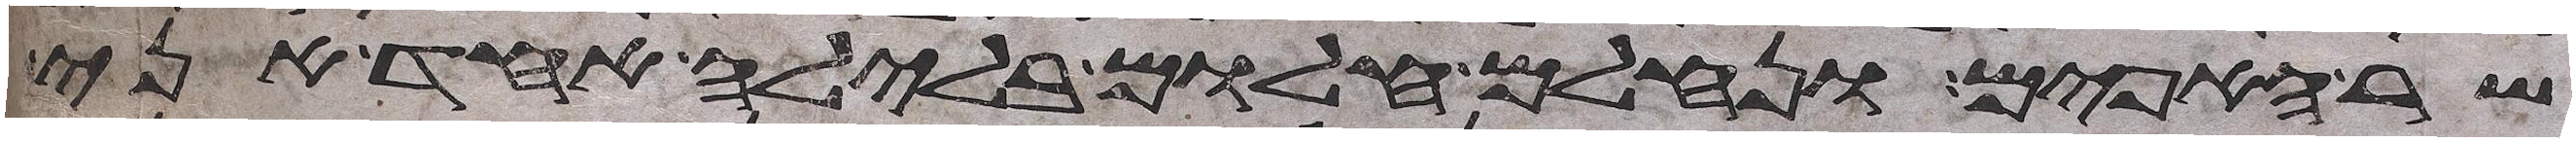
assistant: שר האפים ונחלם חלום בלילה אחד אני